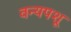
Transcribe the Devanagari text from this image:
वन्यपशू